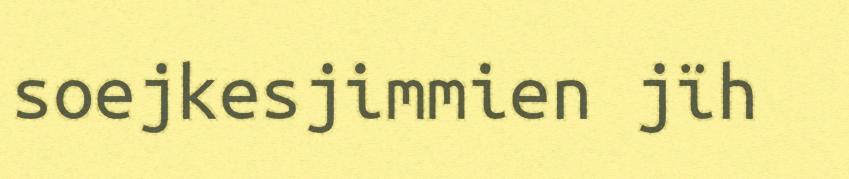
soejkesjimmien jïh